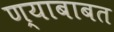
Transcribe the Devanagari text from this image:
ण्याबाबत